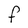
Character: F